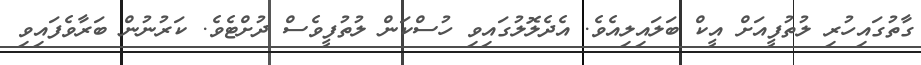
ގާތުގައިހުރި ލުތުފީއަށް އީކް ބަލައިލިއެވެ. އެދެލޮލުގައިވި ހުސްކަން ލުތުފީވެސް ދުށްޓެވެ. ކަރުނުން ބަރާވެފައިވި